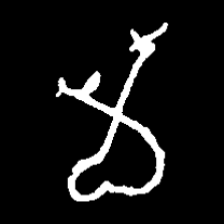
Pyu character \u2014 Myanmar letter: မ (romanized: ma)